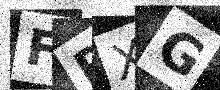
Text: FRXG